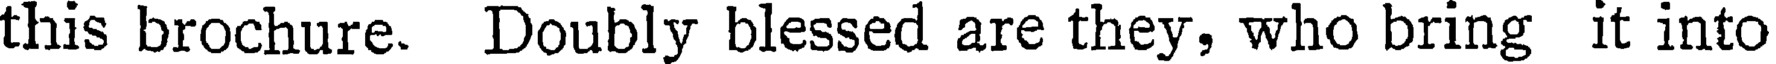
this brochure. Doubly blessed are they, who bring it into